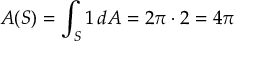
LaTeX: A ( S ) = \int _ { S } 1 \, d A = 2 \pi \cdot 2 = 4 \pi